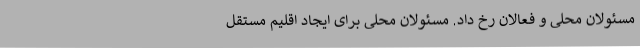
مسئولان محلی و فعالان رخ داد. مسئولان محلی برای ایجاد اقلیم مستقل